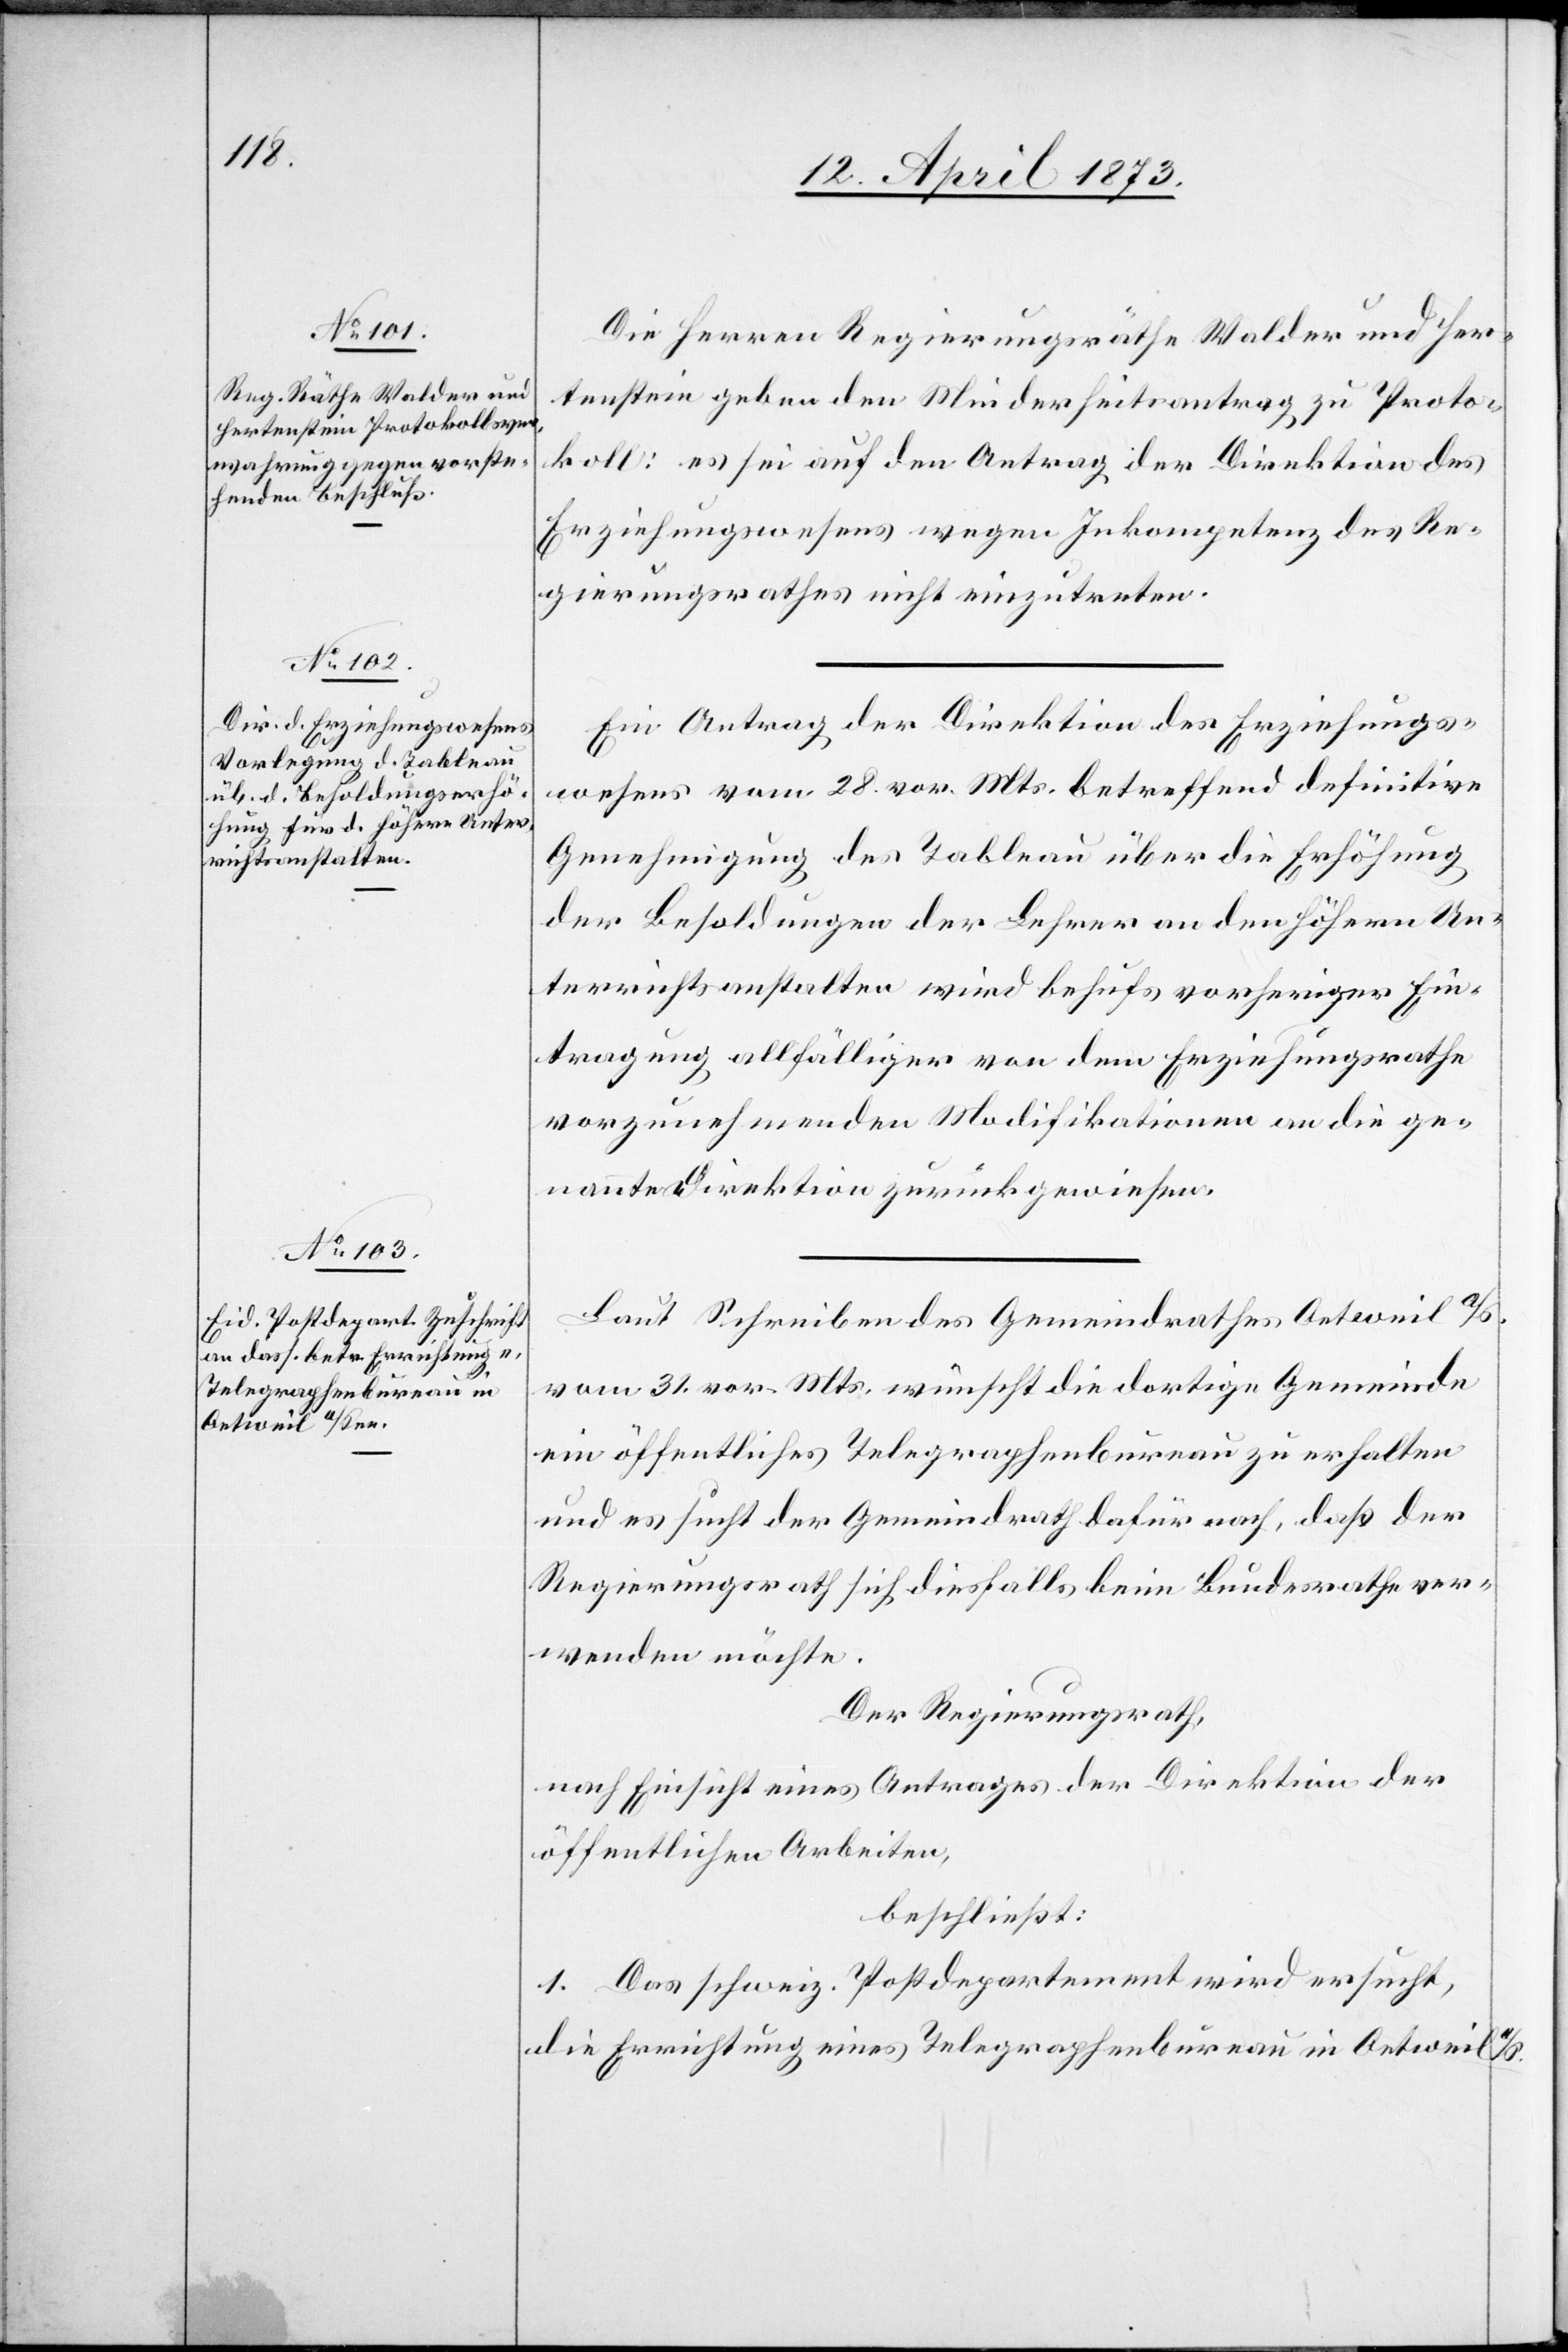
Die Herren Regierungsräthe Walder und Her¬
tenstein geben den Minderheitsantrag zu Proto¬
koll: es sei auf den Antrag der Direktion des
Erziehungswesens wegen Inkompetenz des Re¬
gierungsrathes nicht einzugehen.
Ein Antrag der Direktion des Erziehungs¬
wesens vom 28. vor. Mts. betreffend definitive
Genehmigung des Tableau über die Erhöhung
der Besoldungen der Lehrer an den höhern Un¬
terrichtsanstalten wird behufs vorheriger Ein¬
tragung allfälliger von dem Erziehungsrathe
vorzunehmenden Modifikationen an die ge¬
nannte Direktion zurückgewiesen.
Laut Schreiben des Gemeindrathes Oetweil a/S.
vom 31. vor. Mts. wünscht die dortige Gemeinde
ein öffentliches Telegraphenbureau zu erhalten
und es sucht der Gemeindrath dafür nach, daß der
Regierungsrath sich diesfalls beim Bundesrathe ver¬
wenden möchte.
Der Regierungsrath,
nach Einsicht eines Antrages der Direktion der
öffentlichen Arbeiten,
beschließt:
1. Das schweiz. Postdepartement wird ersucht,
die Errichtung eines Telegraphenbureau in Oetweil a/S.